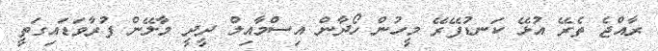
ރާއްޖެ ތެރޭ އުޅޭ ކަނޑުފޭރޭ މީހުން ހޯދާން އިސްމާއިލް ދީދީ މާލޭން ފުރާވަޑައިގަތީ